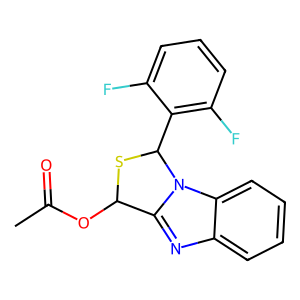
SMILES: CC(=O)OC1SC(c2c(F)cccc2F)n2c1nc1ccccc12
Inhibits HIV replication: Yes